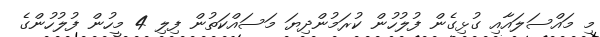
މި މައްސަލައާއި ގުޅިގެން ފުލުހުން ކުރަމުންދިޔަ މަސައްކަތުން ފިލި 4 މީހުން ފުލުހުންގެ